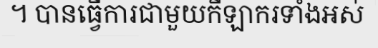
។ បានធ្វើការជាមួយកីឡាករទាំងអស់